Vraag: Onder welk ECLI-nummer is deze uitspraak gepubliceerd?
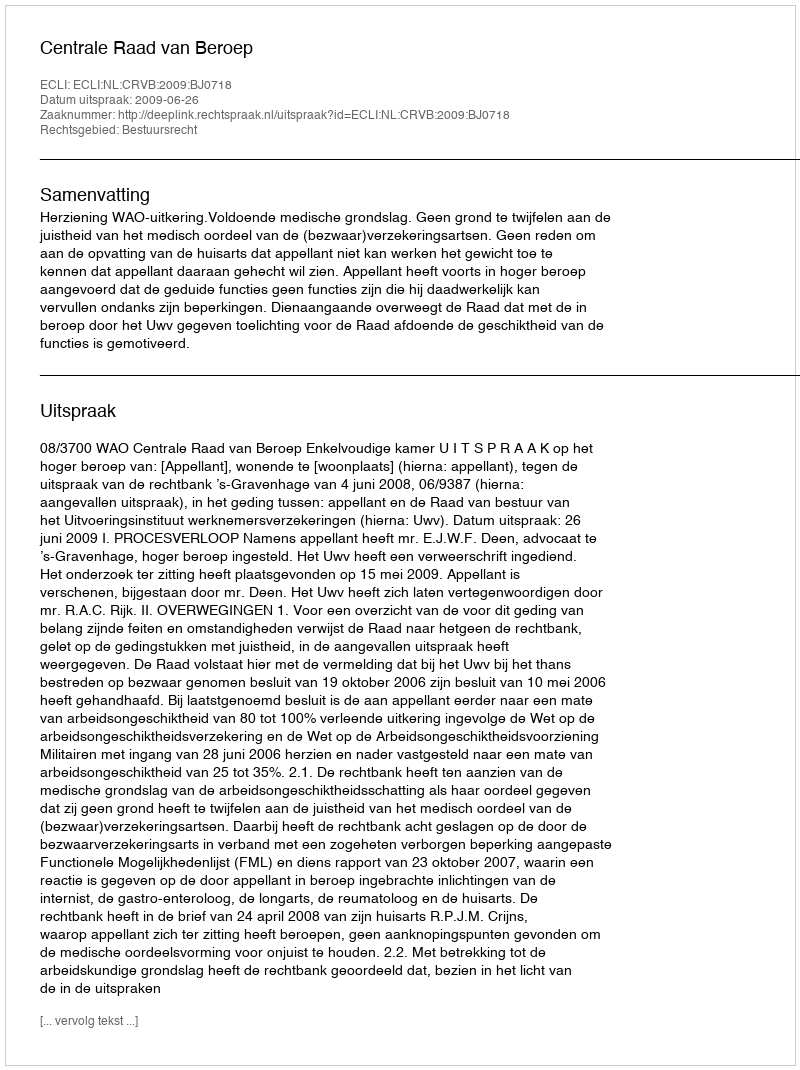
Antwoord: ECLI:NL:CRVB:2009:BJ0718